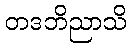
တဒဘိညာသိ